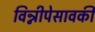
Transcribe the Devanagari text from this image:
विन्नीपेसावकी